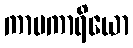
ကာမကာရိယော